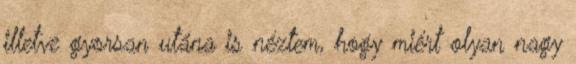
illetve gyorsan utána is néztem, hogy miért olyan nagy